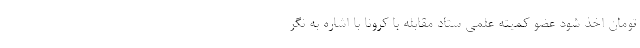
تومان اخذ شود عضو کمیته علمی ستاد مقابله با کرونا با اشاره به نگر